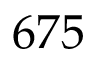
6 7 5